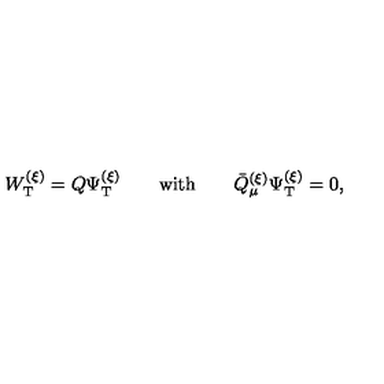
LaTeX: W _ { \mathrm { T } } ^ { ( \xi ) } = Q \Psi _ { \mathrm { T } } ^ { ( \xi ) } \qquad \mathrm { w i t h } \qquad \bar { Q } _ { \mu } ^ { ( \xi ) } \Psi _ { \mathrm { T } } ^ { ( \xi ) } = 0 ,